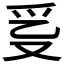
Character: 𤓴